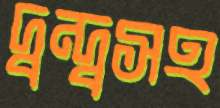
দ্বন্দ্বসহ